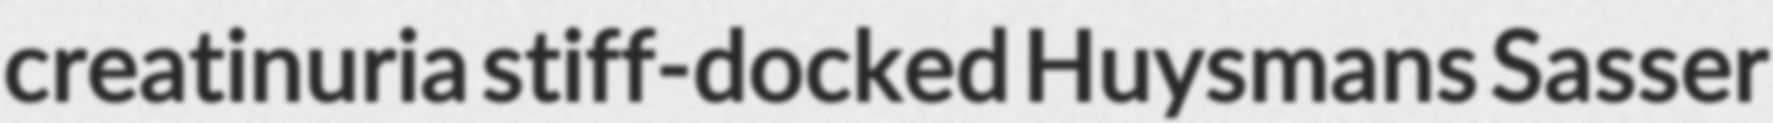
creatinuria stiff-docked Huysmans Sasser